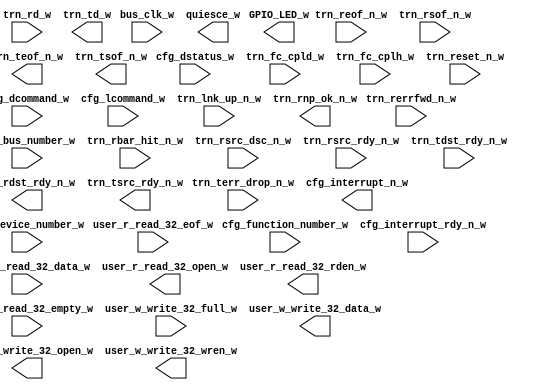
module xillybus_core
  (
  input  bus_clk_w,
  input [7:0] cfg_bus_number_w,
  input [15:0] cfg_dcommand_w,
  input [4:0] cfg_device_number_w,
  input [15:0] cfg_dstatus_w,
  input [2:0] cfg_function_number_w,
  input  cfg_interrupt_rdy_n_w,
  input [15:0] cfg_lcommand_w,
  input [11:0] trn_fc_cpld_w,
  input [7:0] trn_fc_cplh_w,
  input  trn_lnk_up_n_w,
  input [6:0] trn_rbar_hit_n_w,
  input [31:0] trn_rd_w,
  input  trn_reof_n_w,
  input  trn_rerrfwd_n_w,
  input  trn_reset_n_w,
  input  trn_rsof_n_w,
  input  trn_rsrc_dsc_n_w,
  input  trn_rsrc_rdy_n_w,
  input  trn_tdst_rdy_n_w,
  input  trn_terr_drop_n_w,
  input [31:0] user_r_read_32_data_w,
  input  user_r_read_32_empty_w,
  input  user_r_read_32_eof_w,
  input  user_w_write_32_full_w,
  output [3:0] GPIO_LED_w,
  output  cfg_interrupt_n_w,
  output  quiesce_w,
  output  trn_rdst_rdy_n_w,
  output  trn_rnp_ok_n_w,
  output [31:0] trn_td_w,
  output  trn_teof_n_w,
  output  trn_tsof_n_w,
  output  trn_tsrc_rdy_n_w,
  output  user_r_read_32_open_w,
  output  user_r_read_32_rden_w,
  output [31:0] user_w_write_32_data_w,
  output  user_w_write_32_open_w,
  output  user_w_write_32_wren_w
);
endmodule